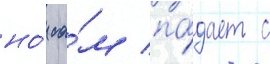
но́ са́м па́дает с